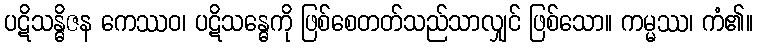
ပဋိသန္ဓိဇန ကေဿဝ၊ ပဋိသန္ဓေကို ဖြစ်စေတတ်သည်သာလျှင် ဖြစ်သော။ ကမ္မဿ၊ ကံ၏။